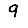
Digit: 9